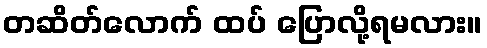
တဆိတ်လောက် ထပ် ပြောလို့ရမလား။